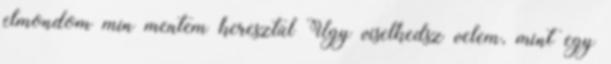
elmondom min mentem keresztül Úgy viselkedsz velem, mint egy